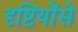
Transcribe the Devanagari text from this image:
दृष्टियोंसे